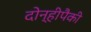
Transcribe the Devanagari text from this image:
दोन्हीपैकी